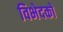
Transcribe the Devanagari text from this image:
विभेदकों